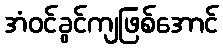
အံဝင်ခွင်ကျဖြစ်အောင်